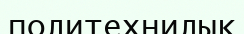
политехнилық